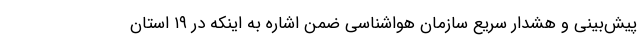
پیش‌بینی و هشدار سریع سازمان هواشناسی ضمن اشاره به اینکه در ۱۹ استان